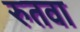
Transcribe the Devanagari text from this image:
रुतवा